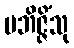
ပဘိဇ္ဇိံသု